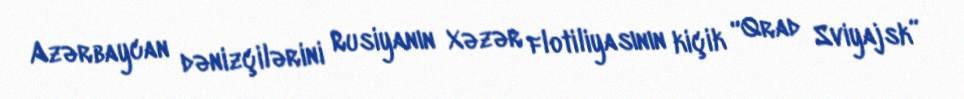
Azərbaycan dənizçilərini Rusiyanın Xəzər flotiliyasının kiçik “Qrad Sviyajsk”